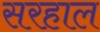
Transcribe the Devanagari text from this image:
सरहाल